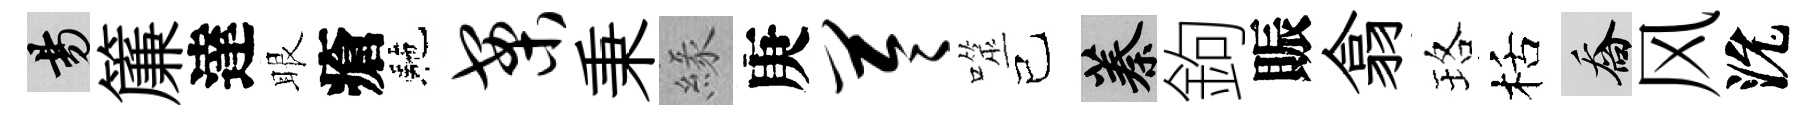
昜簾達眼瘡駰案秉緣庚苓噬已蓁鉤賑翕珞栝喬风沇